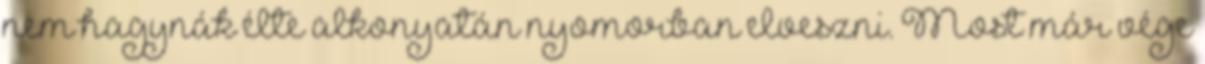
nem hagynák élte alkonyatán nyomorban elveszni. Most már vége